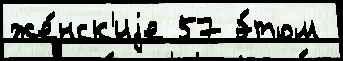
же́нск'иjе 57 э́том